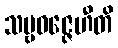
သဗ္ဗဝဇ္ဇေဟီတိ